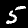
Digit: 5